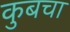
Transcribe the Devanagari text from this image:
कुबचा